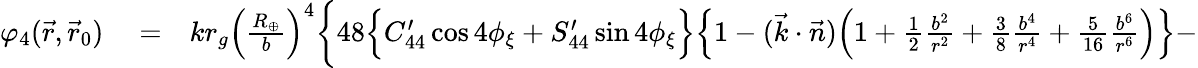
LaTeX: \begin{array}{rlr}{\varphi_{4}(\vec{r},\vec{r}_{0})}&{{}=}&{kr_{g}\Big(\frac{R_{\oplus}}{b}\Big)^{4}\bigg\{ 48\Big\{ C_{44}^{\prime}\cos 4\phi_{\xi}+S_{44}^{\prime}\sin 4\phi_{\xi}\Big\} \Big\{ 1-(\vec{k}\cdot\vec{n})\Big(1+{\textstyle\frac{1}{2}}\frac{b^{2}}{r^{2}}+{\textstyle\frac{3}{8}}\frac{b^{4}}{r^{4}}+{\textstyle\frac{5}{16}}\frac{b^{6}}{r^{6}}\Big)\Big\} -}\end{array}